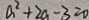
a ^ { 2 } + 2 a - 3 = 0